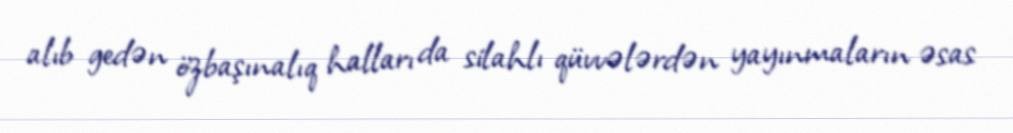
alıb gedən özbaşınalıq halları da silahlı qüvvələrdən yayınmaların əsas